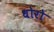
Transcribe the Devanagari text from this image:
धोरो